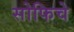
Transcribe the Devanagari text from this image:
सोफिचे